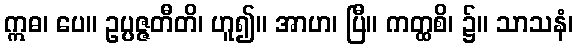
ဣဓ၊ ပေ။ ဥပ္ပဇ္ဇတီတိ၊ ဟူ၍။ အာဟ၊ ပြီ။ ကတ္ထစိ၊ ၌။ သာသနံ၊